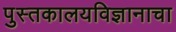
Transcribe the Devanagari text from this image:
पुस्तकालयविज्ञानाचा